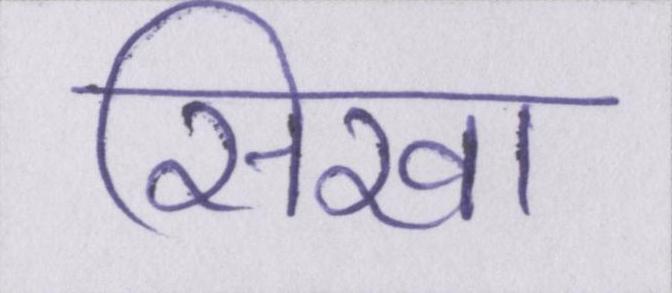
सिखा